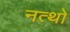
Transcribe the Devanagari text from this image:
नत्थो